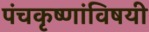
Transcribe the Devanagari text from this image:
पंचकृष्णांविषयी